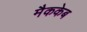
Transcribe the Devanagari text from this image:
मैककेब